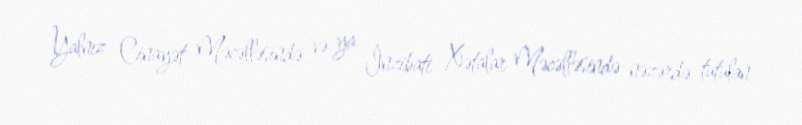
Yalnız Cinayət Məcəlləsində və ya İnzibati Xətalar Məcəlləsində nəzərdə tutulan